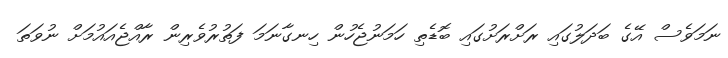
ނަމަވެސް އޭގެ ބަދަލުގައި ރަށްރަށުގައި ބޮޑެތި ހަމަނުޖެހުން ހިނގާނަމަ ފަތުރުވެރިން ރާއްޖެއައުމަށް ނުވަތަ